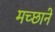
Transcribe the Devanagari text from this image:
मच्छाने